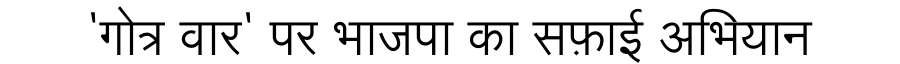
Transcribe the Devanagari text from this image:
'गोत्र वार' पर भाजपा का सफ़ाई अभियान